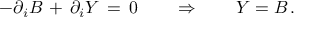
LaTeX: - \partial _ { i } B \, + \, \partial _ { i } Y \, = \, 0 \qquad \Rightarrow \qquad Y = B \, .